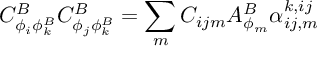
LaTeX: C _ { \phi _ { i } \phi _ { k } ^ { B } } ^ { B } C _ { \phi _ { j } \phi _ { k } ^ { B } } ^ { B } = \sum _ { m } C _ { i j m } A _ { \phi _ { m } } ^ { B } \alpha _ { i j , m } ^ { k , i j }